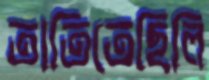
তাতিতেছিলি